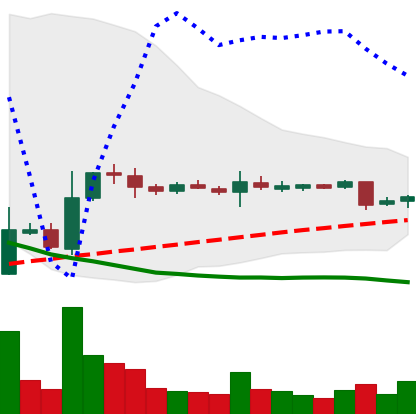
Ticker: XRP-USD
Chart end date: 2018-10-31
Forward return: 10.935%
Label: up_7plus